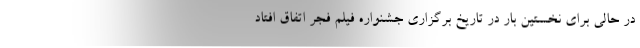
در حالی برای نخستین بار در تاریخ برگزاری جشنواره فیلم فجر اتفاق افتاد